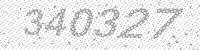
Solution: 340327